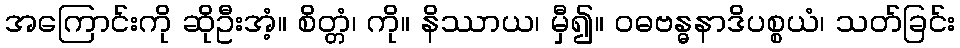
အကြောင်းကို ဆိုဦးအံ့။ စိတ္တံ၊ ကို။ နိဿာယ၊ မှီ၍။ ဝဓဗန္ဓနာဒိပစ္စယံ၊ သတ်ခြင်း